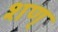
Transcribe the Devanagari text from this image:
शण्